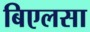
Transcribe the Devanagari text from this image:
बिएलसा